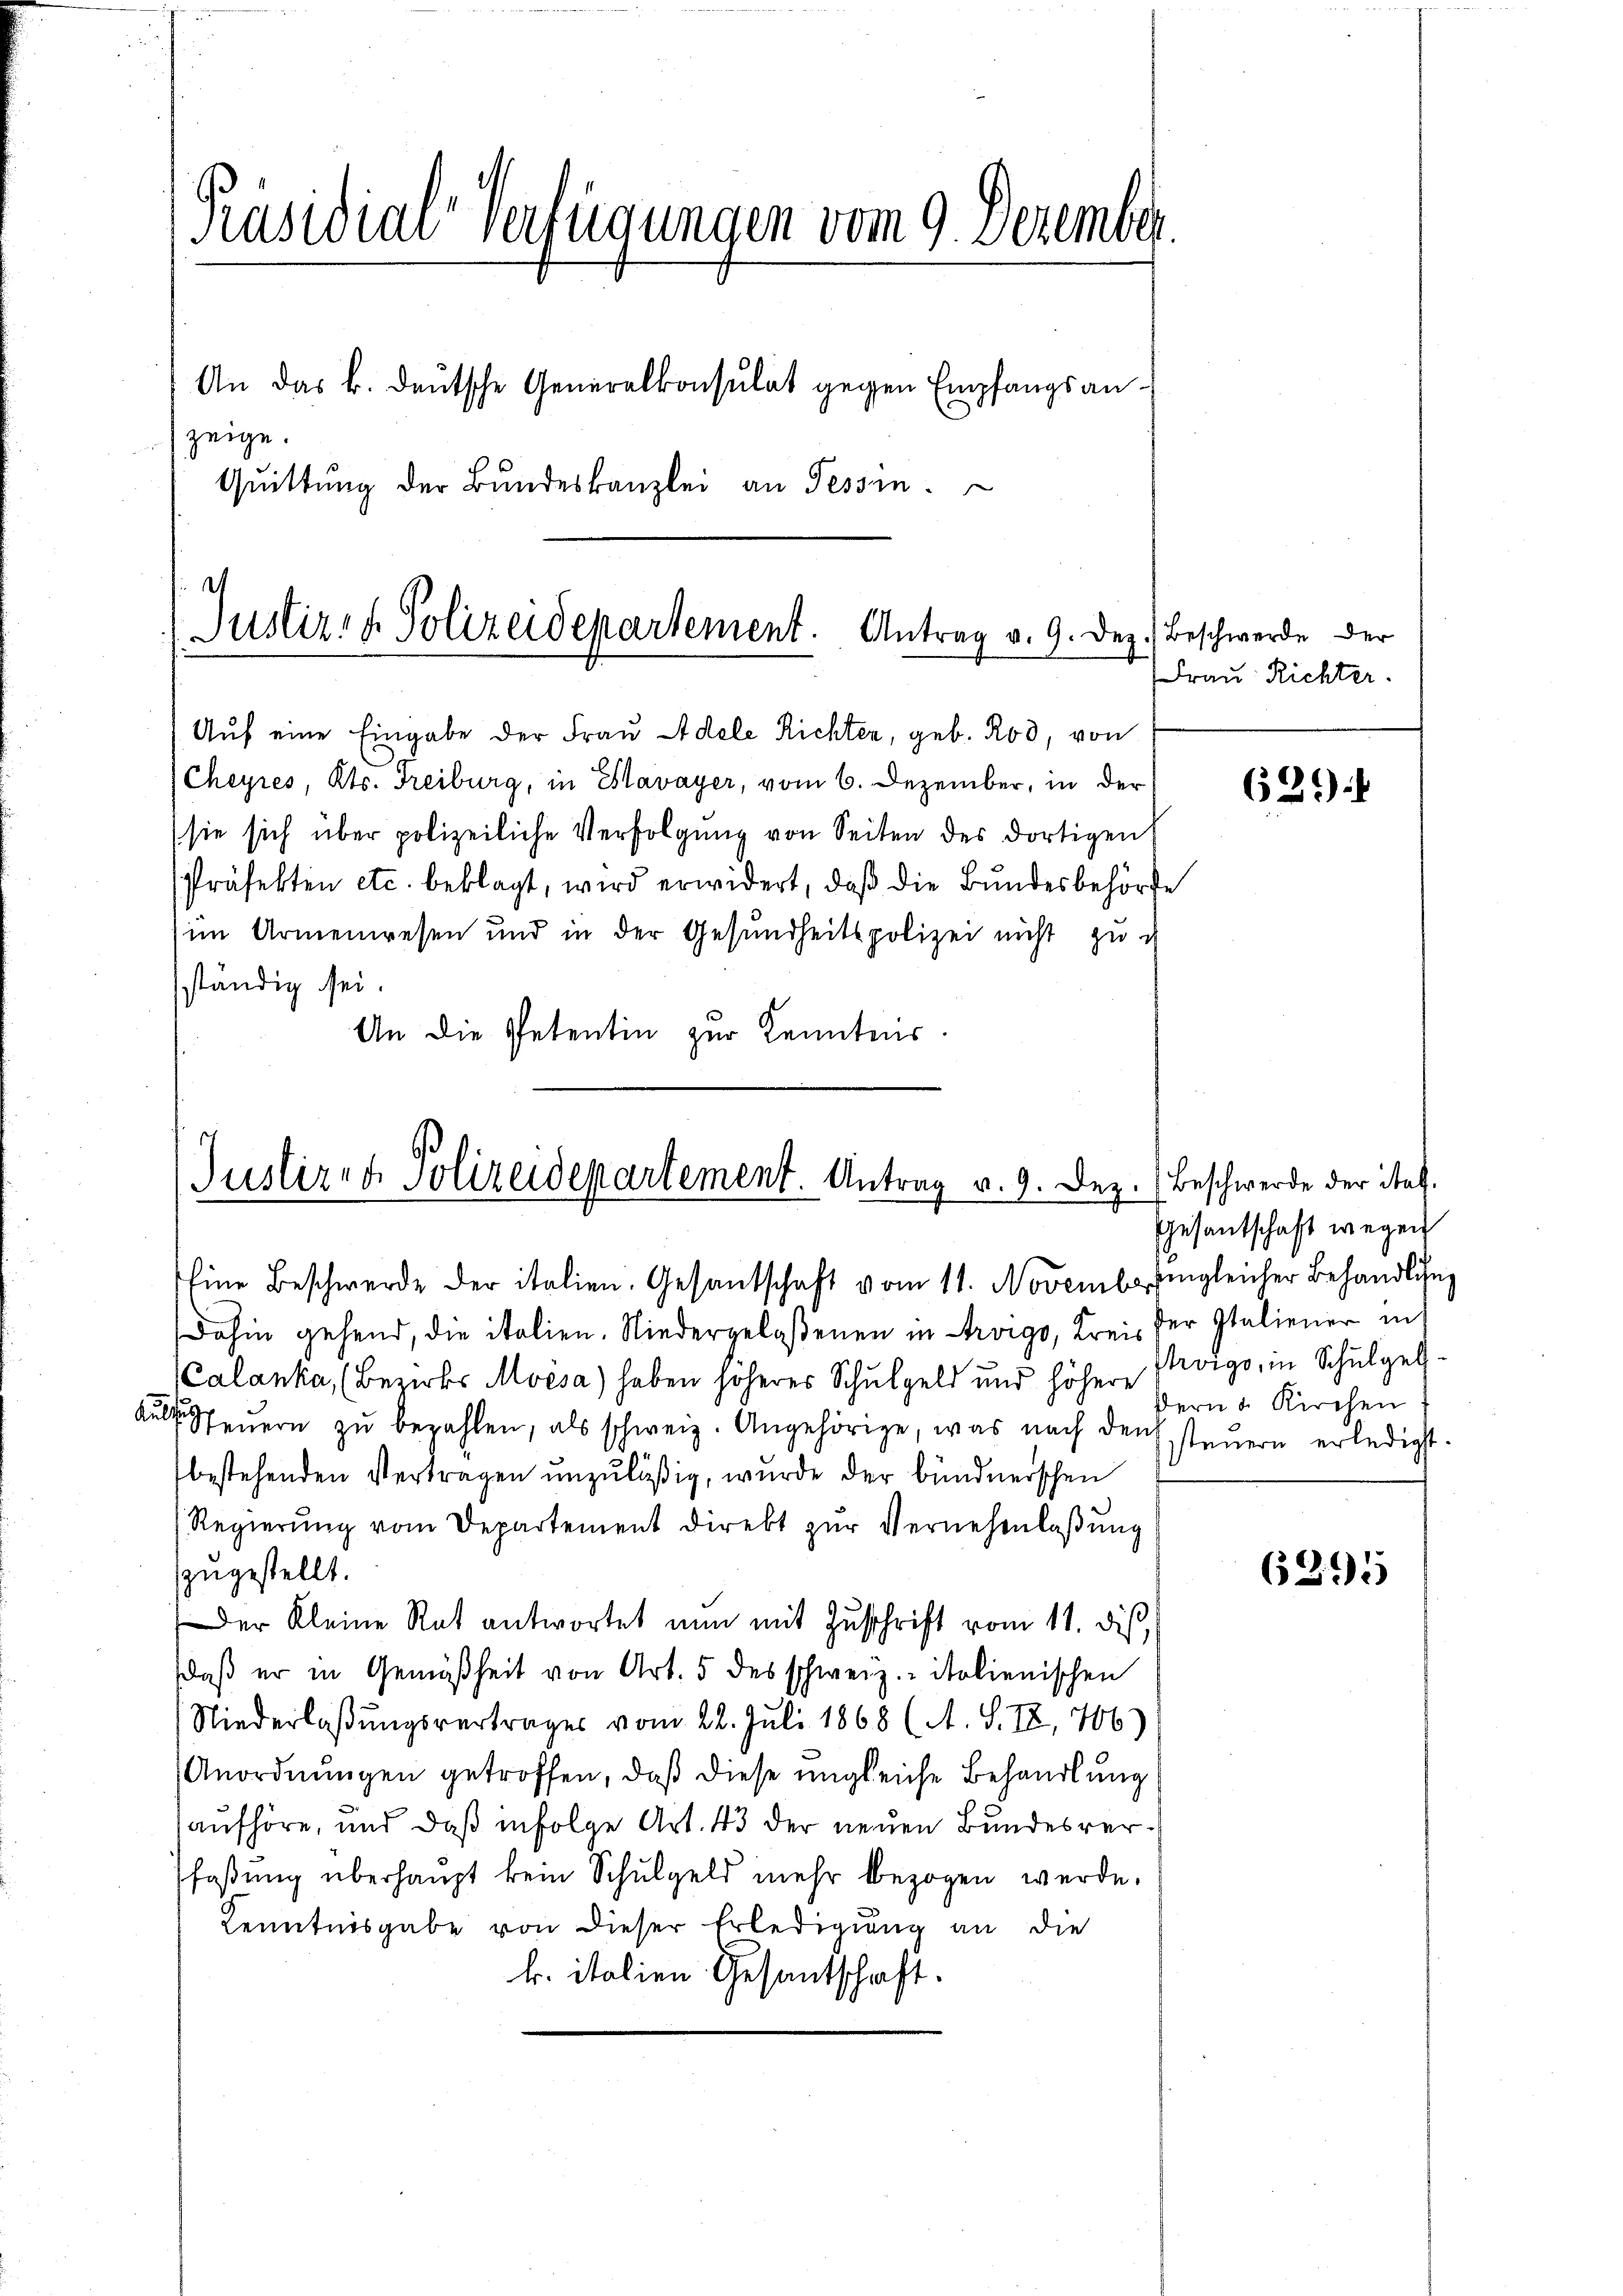
Präsidial-Verfügungen vom 9. Dezember.
An das k. deutsche Generalkonsulat gegen Empfangsanzeige.
Quittung der Bundeskanzlei an Tessin.

¬
Justiz- & Polizeidepartement. Antrag v. 9. Dez.

Auf eine Eingabe der Frau Adele Richten, geb. Rod, von
Cheyres, Kts. Freiburg, in Slavayer, vom 6. Dezember, in der
(sie sich über polizeiliche Verfolgŭng von Seiten des dortigen
Präfekten etc. beklagt, wird erwidert, daß die Bundesbehörde
im Armenwesen und in der Gesundheitspolizei nicht zu
ständig sei.
An die Petentin zur Kenntens.

Justiren Polizeidepartement. Antrag v. 9. Dez. (Beschwerde der ital

Eine Beschwerde der italien. Gesantschaft vom 11. November ingleicher Behandlung
Dahin gehend, die italien. Niedergelaßenen in Arvigo, Kreis
Calanka, (Bezirks Moisa) haben höheres Schulgeld und höhere Progo, in Schulgel¬
Aŭleŭern zŭ bezahlen, als schweiz. Angehörige, was nach den steŭern erledigt.
bestehenden Vertragen unzuläßig, wurde der bündnerschen
Regierŭng vom Departement direkt zŭr Vernehmlaβŭng
zugestellt.
Der Kleine Rat antwortet nun mit Zuschrift vom 11. dieß,
daß er in Gemäßheit von Art. 5 des schweiz. italienischen
Niederlaßungsvertrages vom 22. Juli 1868 (A. S. 78, 706)
Anordnungen getroffen, daß diese ungleiche Behandlung
aufhöre, und daß infolge Art. 43 der neuen Bundesverfassung überhaupt kein Schulgeld mehr bezogen werde.
Kenntnisgabe von dieser Erledigung an die
k. italien Gesantschaft.

Beschwerde der
(Frau Richter.

62):

Ehesantschaft wegen
der Italiener in
Bern u. Kirchen

6295